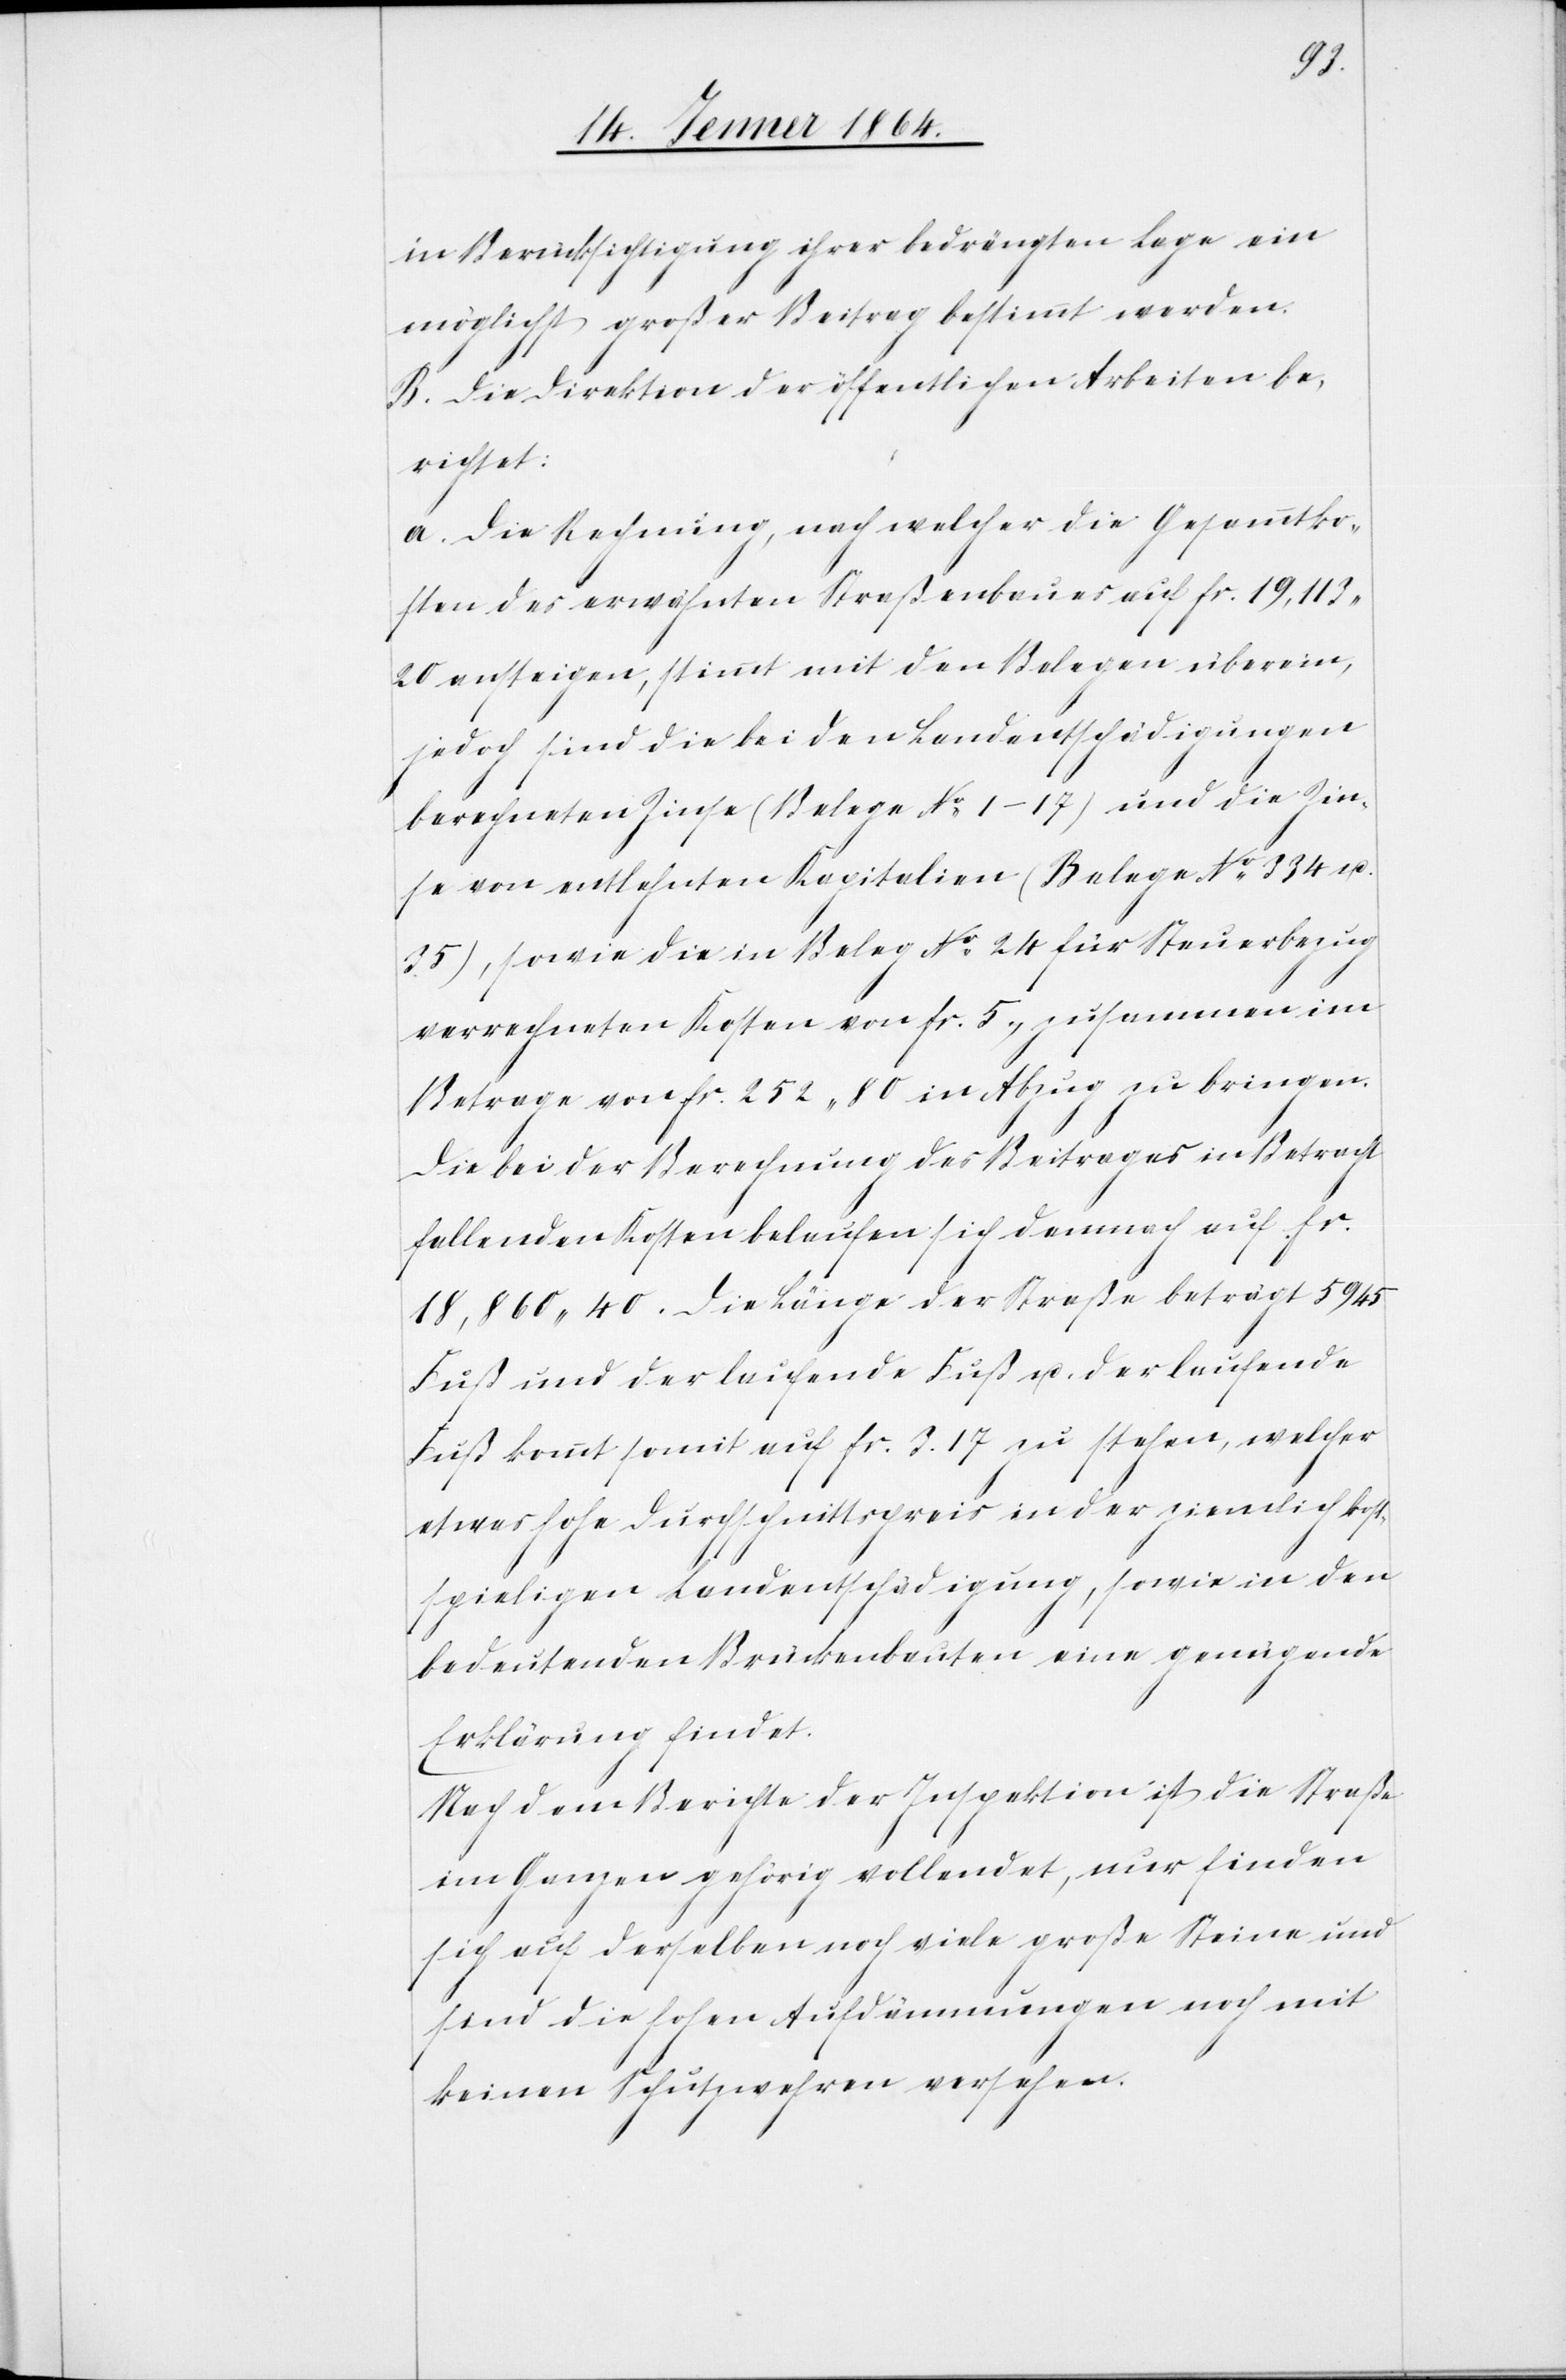
in Berücksichtigung ihrer bedrängten Lage ein
möglichst großer Beitrag bestimmt werden.
B. Die Direktion der öffentlichen Arbeiten be¬
richtet:
a. Die Rechnung, nach welcher die Gesammtko¬
sten des erwähnten Straßenbaues auf fr. 19,113
20 ansteigen, stimmt mit den Belegen überein,
jedoch sind die bei den Landentschädigungen
berechneten Zinse (Belege No 1–17) und die Zin¬
se von entlehnten Kapitalien (Belege No 334 u.
35), sowie die in Beleg No 24 für Steuerbezug
verrechneten Kosten von fr. 5, zusammen im
Betrage von fr. 252 80 in Abzug zu bringen.
Die bei der Berechnung des Beitrages in Betracht
fallenden Kosten belaufen sich demnach auf fr.
18,860 40. Die Länge der Straße beträgt 5945
Fuß und der laufende Fuß u. der laufende
[sic!] kommt somit auf fr. 3.17 zu stehen, welcher
etwas hohe Durchschnittspreis in der ziemlich kost¬
spieligen Landentschädigung, sowie in den
bedeutenden Brückenbauten eine genügende
Erklärung findet.
Nach dem Berichte der Inspektion ist die Straße
im Ganzen gehörig vollendet, nur finden
sich auf derselben noch viele große Steine und
sind die hohen Aufdämmungen noch mit
keinen Schutzwehren versehen.